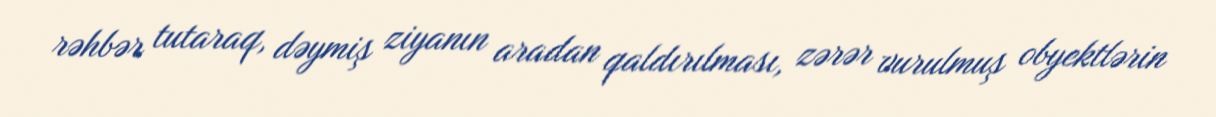
rəhbər tutaraq, dəymiş ziyanın aradan qaldırılması, zərər vurulmuş obyektlərin